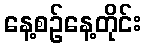
နေ့စဉ်နေ့တိုင်း